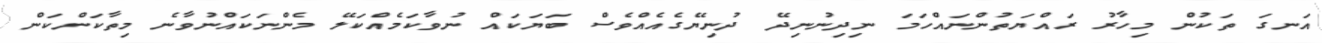
އަނގަ ތަކުން މިހާރު ރައްޔަތުންނައްހަމަ ނިދިނުނިދޭ ދުނިޔޭގެއެއްވެސް ބަޔަކައް ނުވާކަމެއްކަލޭ މެންނަކައްނުވާނެ މިތާކަންކަން